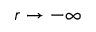
r \to - \infty